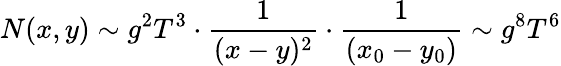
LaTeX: N(x,y)\sim g^{2}T^{3}\cdot{\frac{1}{(x-y)^{2}}}\cdot{\frac{1}{(x_{0}-y_{0})}}\sim g^{8}T^{6}